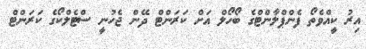
އިރު ކީއްވެތޯ ފެންޕްލާންޓްގެ ބޯހޯލް އަށް ކަރަންޓް ދޭން ޖެހުނީ ސްޓެލްކޯގެ ކަރަންޓް